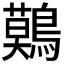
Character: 𪅐